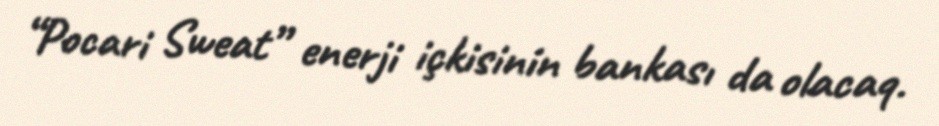
“Pocari Sweat” enerji içkisinin bankası da olacaq.